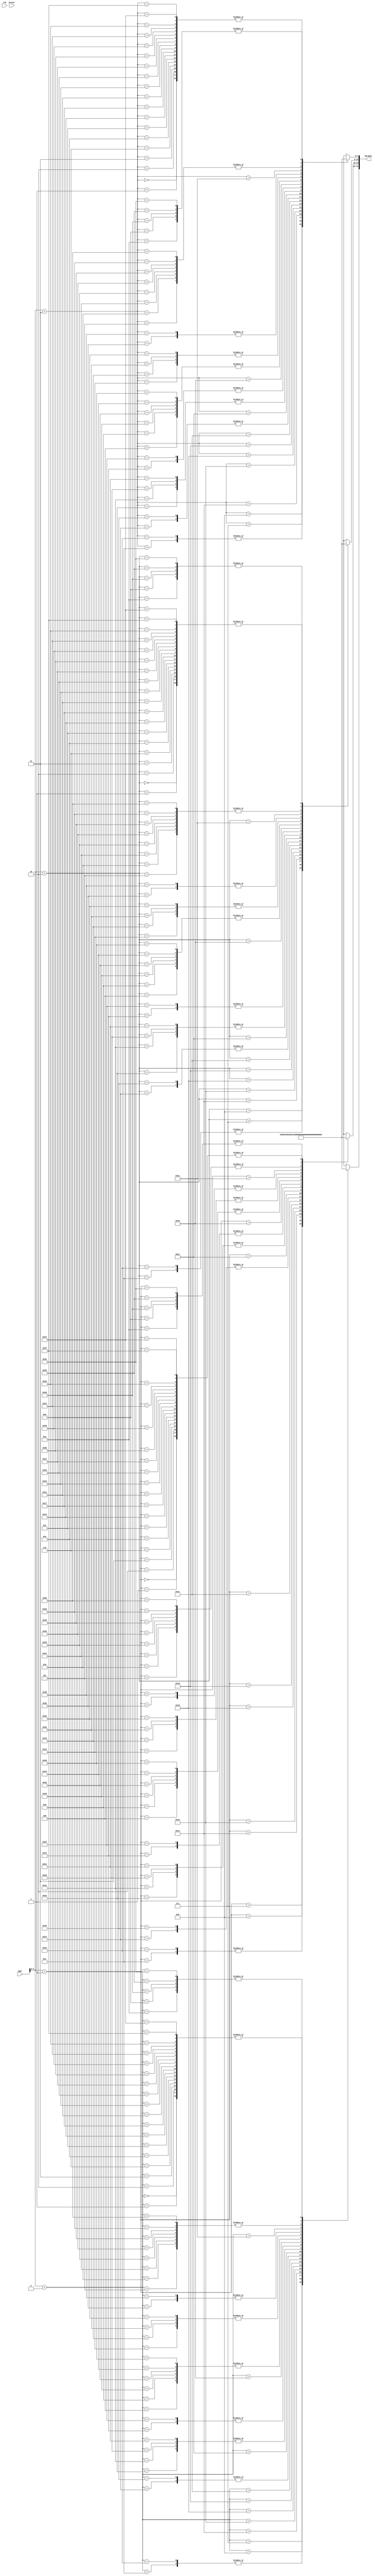
module instructionMemory(clk, nreset, addr, dataOut);
  input wire clk, nreset;
  input wire [31:0] addr;
  output reg[31:0] dataOut;


  reg [7:0] memory[63:0]; //subject to change, currrently only 32 bytes
  reg [31:0] addrReg;



  always @* begin
    addrReg = addr;


	dataOut[7:0] = memory[addrReg + 2'b11];
	dataOut[15:8] = memory[addrReg + 2'b10];
   dataOut[23:16] = memory[addrReg + 2'b01];
   dataOut[31:24] = memory[addrReg + 2'b00];

	//PUT MEMORY HERE, PROBABLY DON'T DIRECTLY INTERACT W COMPUTER

   
    memory[0] = 8'h00;
    memory[1] = 8'h00;
    memory[2] = 8'h00;
    memory[3] = 8'h00;
    memory[4] = 8'he3;
    memory[5] = 8'ha0;
    memory[6] = 8'h00;
    memory[7] = 8'h08; //mov r0, #8
    memory[8] = 8'he3;
    memory[9] = 8'ha0;
    memory[10] = 8'h10;
    memory[11] = 8'h10;	// mov r1, #16
    memory[12] = 8'he5;
    memory[13] = 8'h81;
    memory[14] = 8'h00;
    memory[15] = 8'h00;	//str r0, [r1]
    memory[16] = 8'he5;
    memory[17] = 8'h91;
    memory[18] = 8'h20;
    memory[19] = 8'h00;	//ldr	r2, [r1]
    memory[20] = 8'he0;
    memory[21] = 8'h82;
    memory[22] = 8'h20;
    memory[23] = 8'h00; //add	r2, r2, r0
    memory[24] = 8'he1;
    memory[25] = 8'h52;
    memory[26] = 8'h00;
    memory[27] = 8'h01; //cmp 	r2, r1
    memory[28] = 8'hda;
    memory[29] = 8'hff;
    memory[30] = 8'hff;
    memory[31] = 8'hfe; //ble 	0 <.next>
    memory[32] = 8'he3;
    memory[33] = 8'ha0;
    memory[34] = 8'h00;
    memory[35] = 8'h00;	//mov 	r0, #0
    memory[36] = 8'he0;
    memory[37] = 8'ha0;
    memory[38] = 8'h10;
    memory[39] = 8'h00;	//mov	r1, #0
    memory[40] = 8'he3;
    memory[41] = 8'ha0;
    memory[42] = 8'h20;
    memory[43] = 8'h00;	//mov	r2, #0
    memory[44] = 8'hea;
    memory[45] = 8'hff;
    memory[46] = 8'hff;
    memory[47] = 8'hfe;	//b	0 <.next>
    memory[48] = 8'h00;
    memory[49] = 8'h00;
    memory[50] = 8'h00;
    memory[51] = 8'h2c;	// <next>:
    memory[52] = 8'he3;
    memory[53] = 8'ha0;
    memory[54] = 8'h10;
    memory[55] = 8'h00;	// mov	r1, #0
    memory[56] = 8'he3;
    memory[57] = 8'ha0;
    memory[58] = 8'h20;
    memory[59] = 8'h01;	// add	r1, r1, r2
    memory[60] = 8'h63;
    memory[61] = 8'ha0;
    memory[62] = 8'h10;
    memory[63] = 8'h00;	// movvs r1, #0
   

  end


endmodule